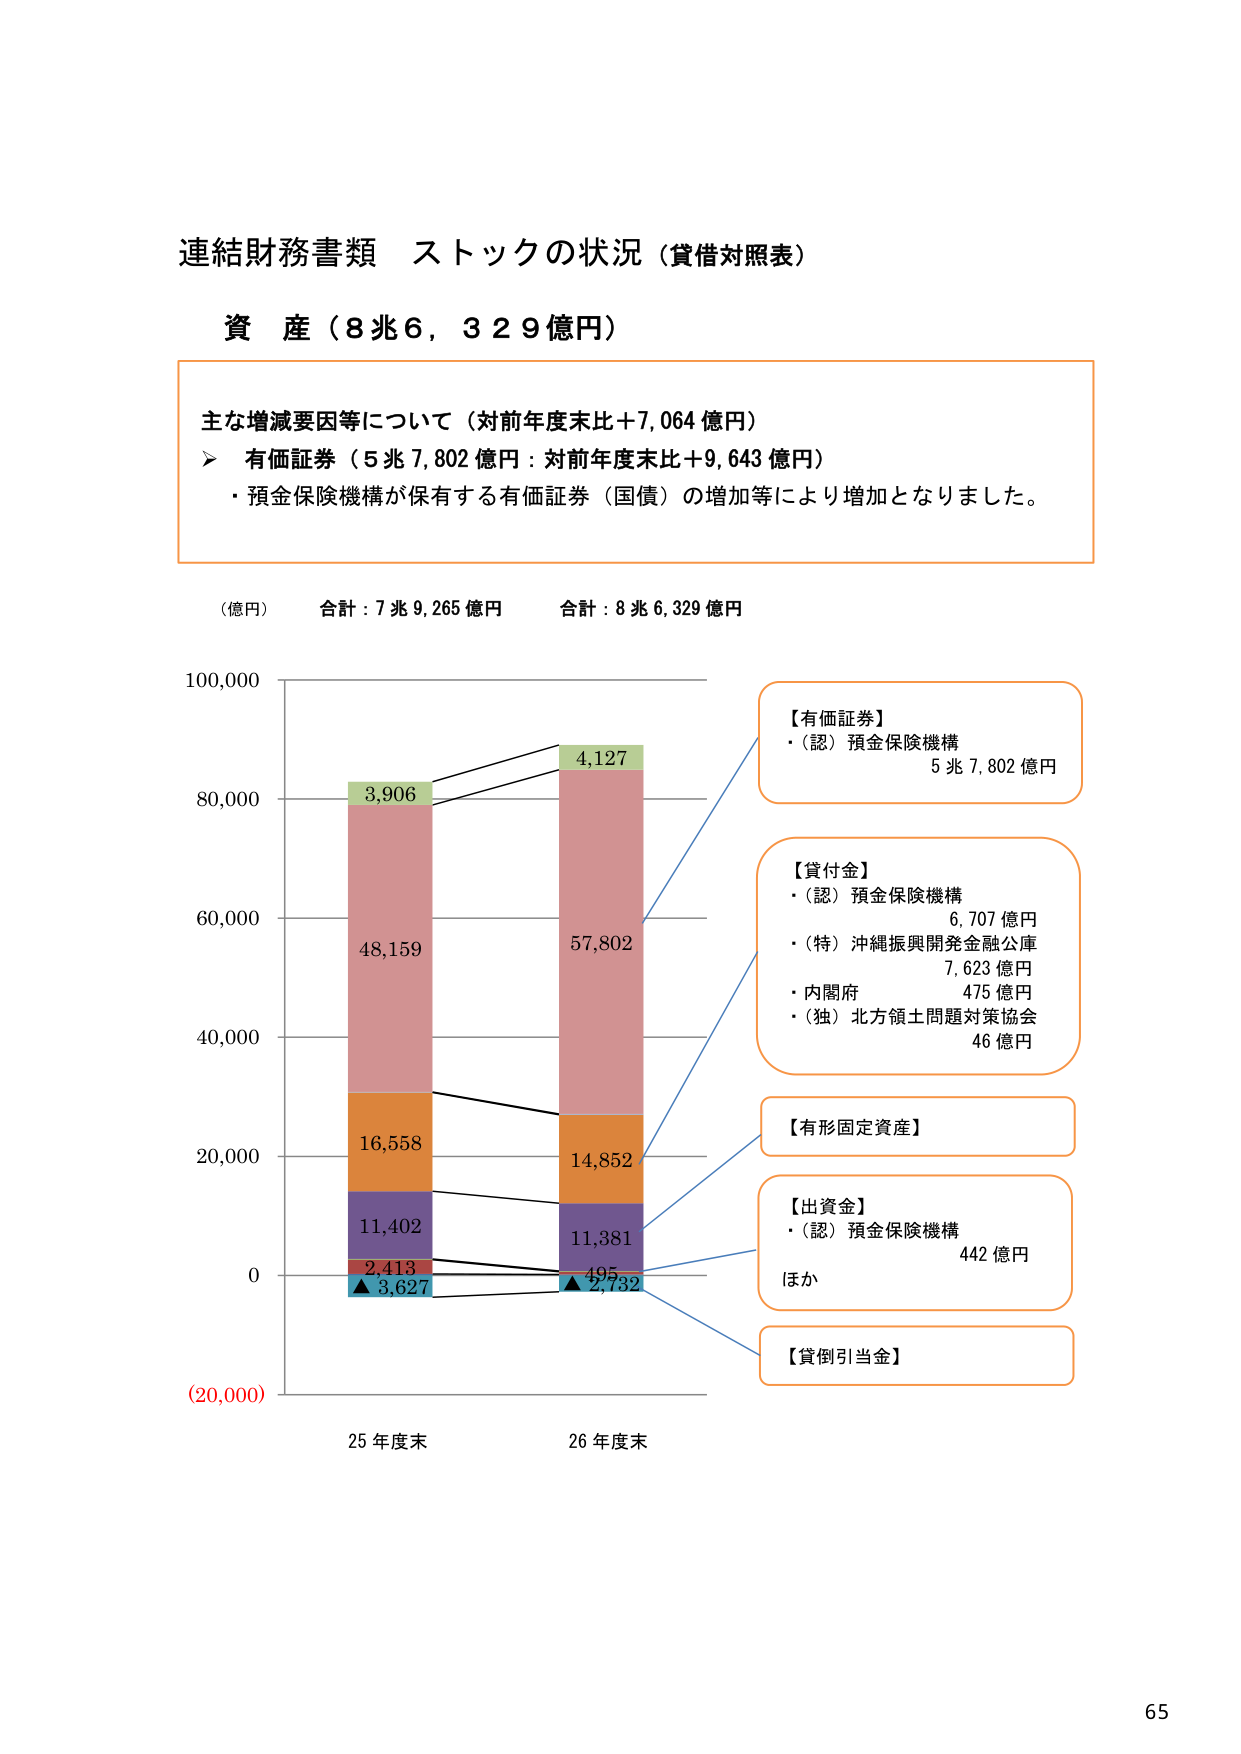
連結財務書類 ストックの状況（貸借対照表）

資産（8兆6,329億円）

主な増減要因等について（対前年度末比＋7,064億円）
➤ 有価証券（5兆7,802億円：対前年度末比＋9,643億円）
・預金保険機構が保有する有価証券（国債）の増加等により増加となりました。

（億円） 合計：7兆9,265億円 合計：8兆6,329億円

100,000
80,000
60,000
40,000
20,000
0
(20,000)

【有価証券】
・（認）預金保険機構
5兆7,802億円

【貸付金】
・（認）預金保険機構
6,707億円
・（特）沖縄振興開発金融公庫
7,623億円
・内閣府
475億円
・（独）北方領土問題対策協会
46億円

【有形固定資産】

【出資金】
・（認）預金保険機構
442億円
ほか

【貸倒引当金】

25年度末 26年度末

3,906
48,159
16,558
11,402
2,413
▲3,627

4,127
57,802
14,852
11,381
495
▲2,732

65